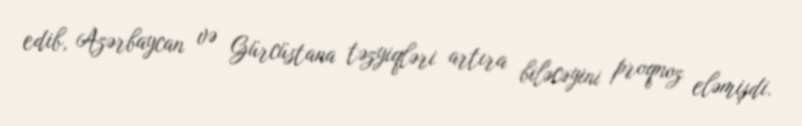
edib, Azərbaycan və Gürcüstana təzyiqləri artıra biləcəyini proqnoz eləmişdi.